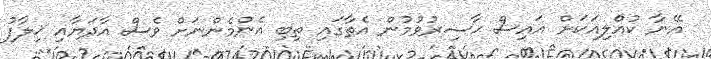
އޭނާ ކުއްލިއަކަށް އައިސް ޙާޟިރުވުމުން އެތާގައި ތިބި އެންމެންނަށް ވެސް އާދަޔާއި ޚިލާފު